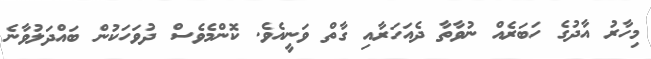
މިހާރު އާދުގެ ހަބަރެއް ނުވާތާ ދެއަހަރާއި ގާތް ވަނީއެވެ. ކޮންމެވެސް ދުވަހަކުން ބައްދަލުވާނެ